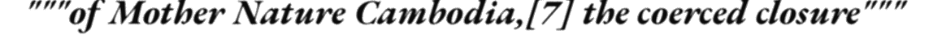
"""of Mother Nature Cambodia,[7] the coerced closure"""